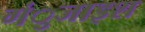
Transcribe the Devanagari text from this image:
गंुजाइश